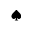
\spadesuit